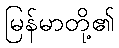
မြန်မာတို့၏